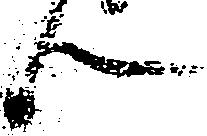
ん